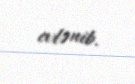
evlənib.